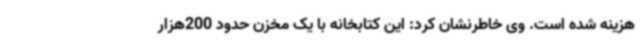
هزینه شده است. وی خاطرنشان کرد: این کتابخانه با یک مخزن حدود 200هزار